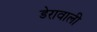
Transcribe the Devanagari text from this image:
डेरावाली